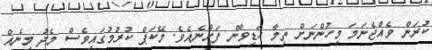
ކުރަން ވެއްޖެނަމަ މީހުންނަށް ތިމާ ހަޑިވާން ފަށާނެއެވެ. މޭކަޕް ކުރުމުގައިވެސް މެދު މިނެއް